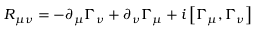
R _ { \mu \nu } = - \partial _ { \mu } \Gamma _ { \nu } + \partial _ { \nu } \Gamma _ { \mu } + i \left[ \Gamma _ { \mu } , \Gamma _ { \nu } \right]